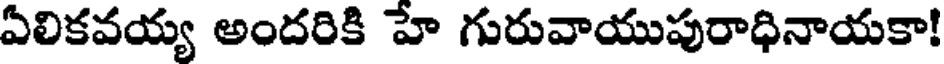
ఏలికవయ్య అందరికి హే గురువాయుపురాధినాయకా!